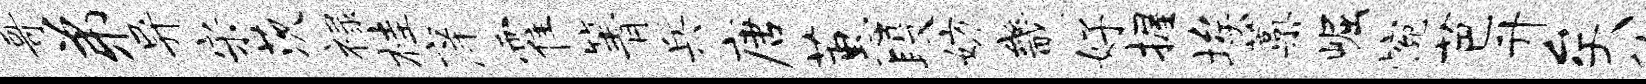
哥弟异宋茨禄桂庠霍箐兵唐蕙段妨畿好握埃蒿崛惋芭升矣伽